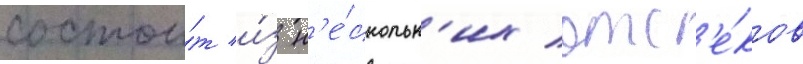
состои́т и́з н'е́скольк'их отс'е́ков